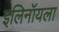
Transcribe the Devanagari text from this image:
इलिनॉयला